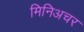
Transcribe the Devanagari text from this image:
मिनिअचर